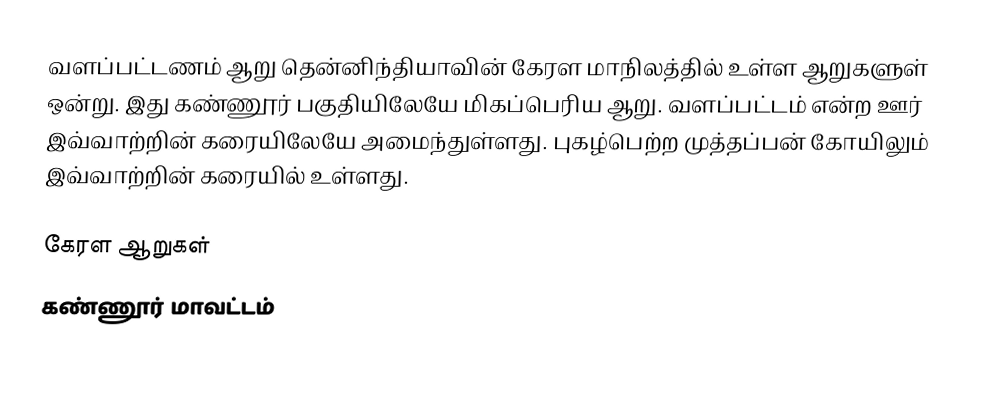
வளப்பட்டணம் ஆறு தென்னிந்தியாவின் கேரள மாநிலத்தில் உள்ள ஆறுகளுள் ஒன்று. இது கண்ணூர் பகுதியிலேயே மிகப்பெரிய ஆறு. வளப்பட்டம் என்ற ஊர் இவ்வாற்றின் கரையிலேயே அமைந்துள்ளது. புகழ்பெற்ற முத்தப்பன் கோயிலும் இவ்வாற்றின் கரையில் உள்ளது.

கேரள ஆறுகள்
கண்ணூர் மாவட்டம்